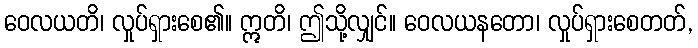
ဝေလယတိ၊ လှုပ်ရှားစေ၏။ ဣတိ၊ ဤသို့လျှင်။ ဝေလယနတော၊ လှုပ်ရှားစေတတ်,